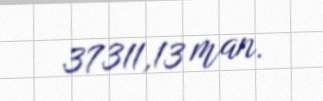
37311,13 man.